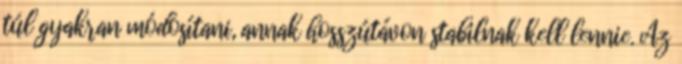
túl gyakran módosítani, annak hosszútávon stabilnak kell lennie. Az